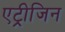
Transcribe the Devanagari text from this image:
एट्रीजिन